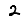
Digit: 2